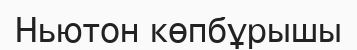
Ньютон көпбұрышы